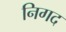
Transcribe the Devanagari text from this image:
निगद